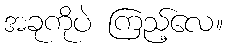
အခုကိုပဲ ကြည့်လေ။